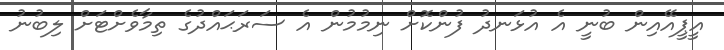
އީޕީއޭއިން ބުނީ އެ އުޅަނދު ފުންކޮށް ނިމުމުން އެ ސަރަޙައްދުގެ ތިމާވެށްޓަށް ލިބުނު